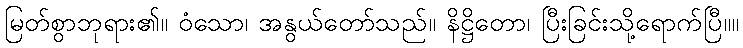
မြတ်စွာဘုရား၏။ ဝံသော၊ အနွယ်တော်သည်။ နိဋ္ဌိတော၊ ပြီးခြင်းသို့ရောက်ပြီ။။